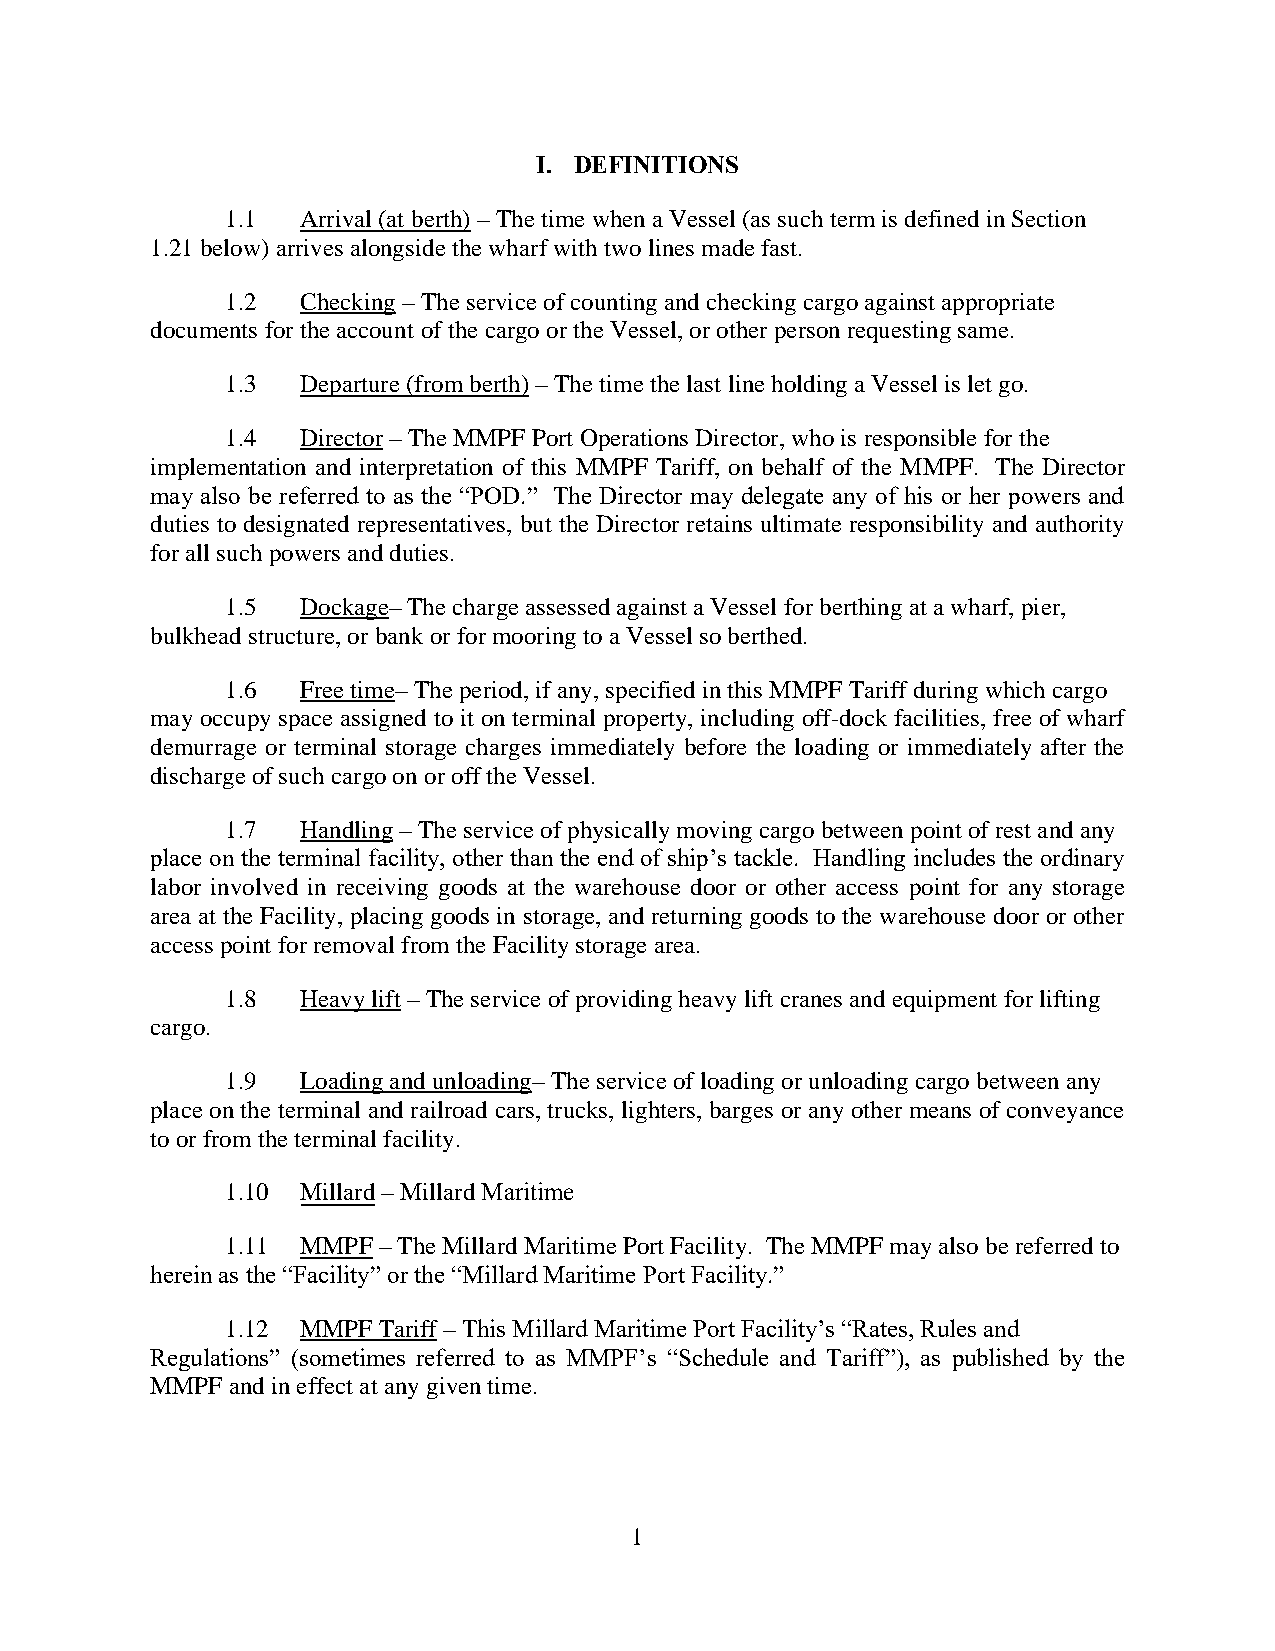
I. DEFINITIONS
 1.1  Arrival (at berth) – The time when a Vessel (as such term is defined in Section
 1.21 below) arrives alongside the wharf with two lines made fast.
 1.2  Checking – The service of counting and checking cargo against appropriate
 documents for the account of the cargo or the Vessel, or other person requesting same.
 1.3  Departure (from berth) – The time the last line holding a Vessel is let go.
 1.4  Director – The MMPF Port Operations Director, who is responsible for the
 implementation and interpretation of this MMPF Tariff, on behalf of the MMPF. The Director
 may also be referred to as the “POD.” The Director may delegate any of his or her powers and
 duties to designated representatives, but the Director retains ultimate responsibility and authority
 for all such powers and duties.
 1.5  Dockage– The charge assessed against a Vessel for berthing at a wharf, pier,
 bulkhead structure, or bank or for mooring to a Vessel so berthed.
 1.6  Free time– The period, if any, specified in this MMPF Tariff during which cargo
 may occupy space assigned to it on terminal property, including off-dock facilities, free of wharf
 demurrage or terminal storage charges immediately before the loading or immediately after the
 discharge of such cargo on or off the Vessel.
 1.7  Handling – The service of physically moving cargo between point of rest and any
 place on the terminal facility, other than the end of ship’s tackle. Handling includes the ordinary
 labor involved in receiving goods at the warehouse door or other access point for any storage
 area at the Facility, placing goods in storage, and returning goods to the warehouse door or other
 access point for removal from the Facility storage area.
 1.8  Heavy lift – The service of providing heavy lift cranes and equipment for lifting
 cargo.
 1.9  Loading and unloading– The service of loading or unloading cargo between any
 place on the terminal and railroad cars, trucks, lighters, barges or any other means of conveyance
 to or from the terminal facility.
 1.10 Millard – Millard Maritime
 1.11 MMPF – The Millard Maritime Port Facility. The MMPF may also be referred to
 herein as the “Facility” or the “Millard Maritime Port Facility.”
 1.12 MMPF Tariff – This Millard Maritime Port Facility’s “Rates, Rules and
 Regulations” (sometimes referred to as MMPF’s “Schedule and Tariff”), as published by the
 MMPF and in effect at any given time.
 1